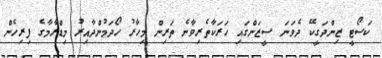
ކަސޯޓީ ޒިންދަގީކޭ ދެވަނަ ސީޒަންގައި ހަރަކާތެރިވާނެ ތަރިން މިހާރު ހޯދަމުންދާއިރު މިޑްރާމާގެ ފިރިހެން